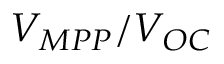
V _ { M P P } / V _ { O C }